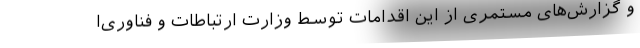
و گزارش‌‌های مستمری از این اقدامات توسط وزارت ارتباطات و فناوری‌ا